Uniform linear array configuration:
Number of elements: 48
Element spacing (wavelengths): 0.5
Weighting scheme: binomial
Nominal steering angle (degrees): -60
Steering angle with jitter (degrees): -58.1
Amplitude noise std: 0.05
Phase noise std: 0.05

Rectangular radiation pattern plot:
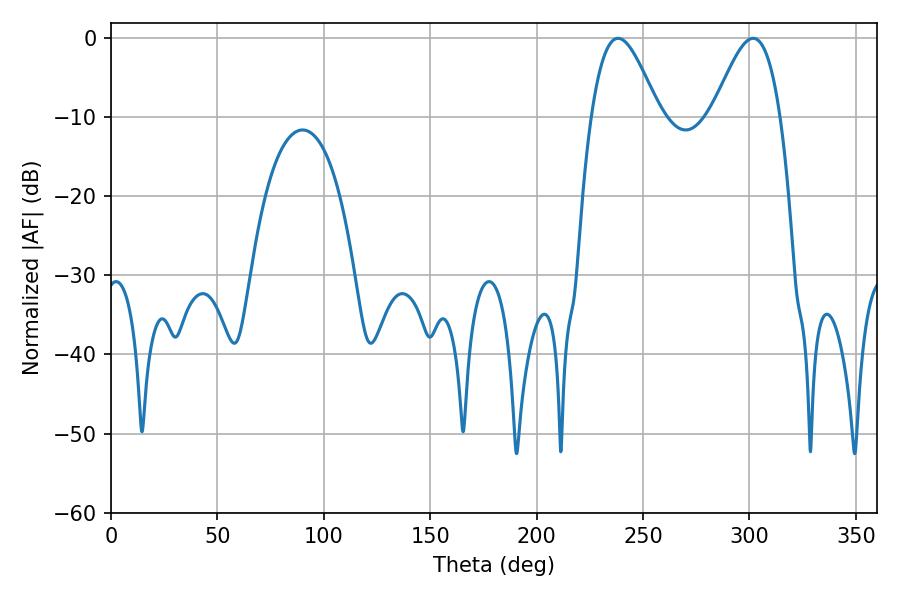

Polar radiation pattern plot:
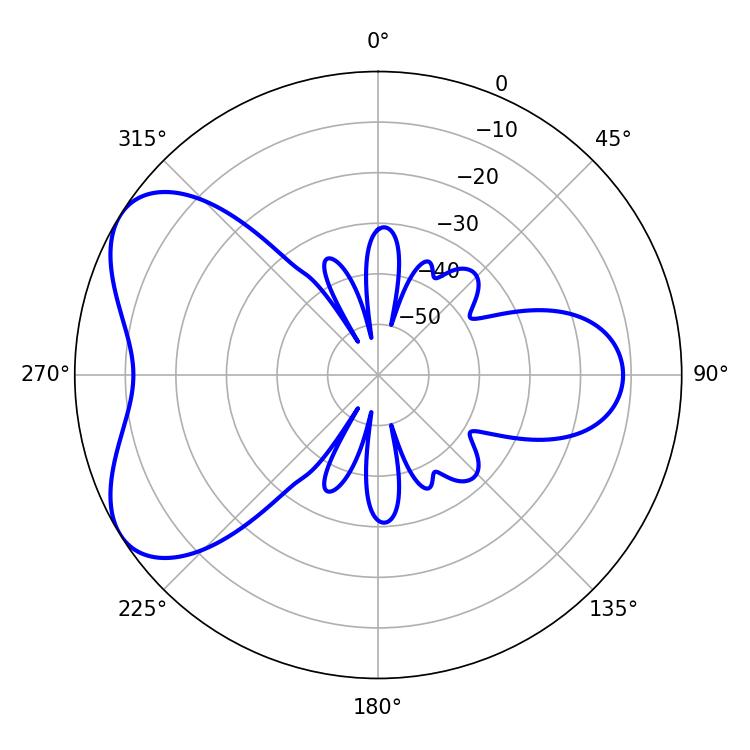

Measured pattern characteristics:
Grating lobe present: FALSE
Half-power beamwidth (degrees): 16.92
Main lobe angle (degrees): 238.32